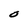
Character: O